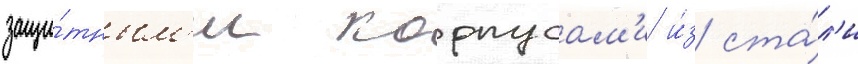
защи́тным'и корпусам'и и́з ста́л'и